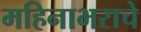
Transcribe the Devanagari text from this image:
महिनाभराचे